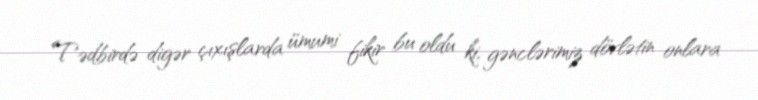
Tədbirdə digər çıxışlarda ümumi fikir bu oldu ki, gənclərimiz dövlətin onlara